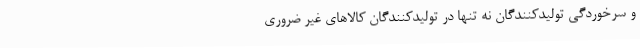
و سرخوردگی تولیدکنندگان نه تنها در تولیدکنندگان کالاهای غیر ضروری